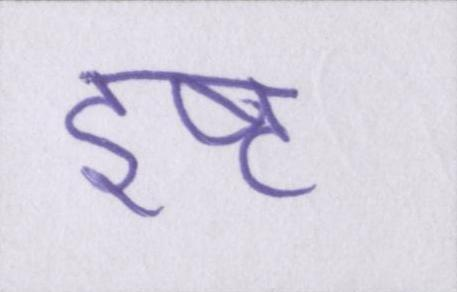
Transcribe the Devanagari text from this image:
इष्ट